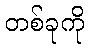
တစ်ခုကို